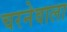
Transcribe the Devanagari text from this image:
चरनेवाला